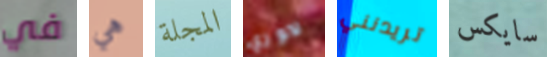
في هي المجلة لاوري تريدنني سايكس